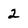
Character: 2